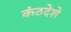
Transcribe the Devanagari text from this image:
कंठदेशे